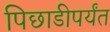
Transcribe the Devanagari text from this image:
पिछाडीपर्यंत